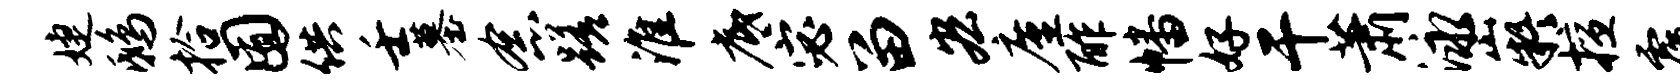
婕鸱拾囿供壬墓念蹉淮底宓留宏廑酢幡好干萧泳嶷擅覆